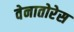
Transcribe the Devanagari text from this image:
वेनातोरेस